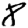
Digit: 8